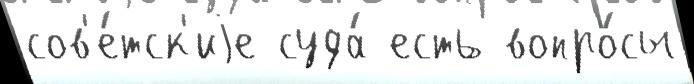
сов'е́тск'иjе суда́ есть вопро́сы